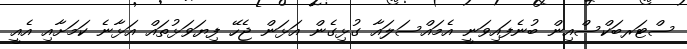
ސްޓަރބަކްސްއިން ބުނެފައިވަނީ އެމައްސަލައާ ގުޅިގެން އަޅަން ޖެހޭ ފިޔަވަޅުތައް އަޅާނެ ކަމަށާއި އެއީ